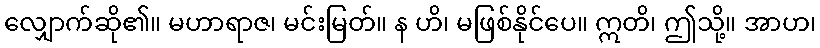
လျှောက်ဆို၏။ မဟာရာဇ၊ မင်းမြတ်။ န ဟိ၊ မဖြစ်နိုင်ပေ။ ဣတိ၊ ဤသို့။ အာဟ၊